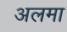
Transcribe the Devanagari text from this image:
अलमा